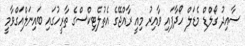
ސާއިދު ގޯލްޑް މެޑަލް ހޯދާފައި ވާއިރު މިއީ ރާއްޖޭގެ އެތުލެޓިކްސްގެ ތާރީހުގައި ބައިނަލްއަގްވާމީ